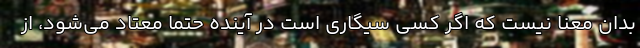
بدان معنا نیست که اگر کسی سیگاری است در آینده حتما معتاد می‌شود، از